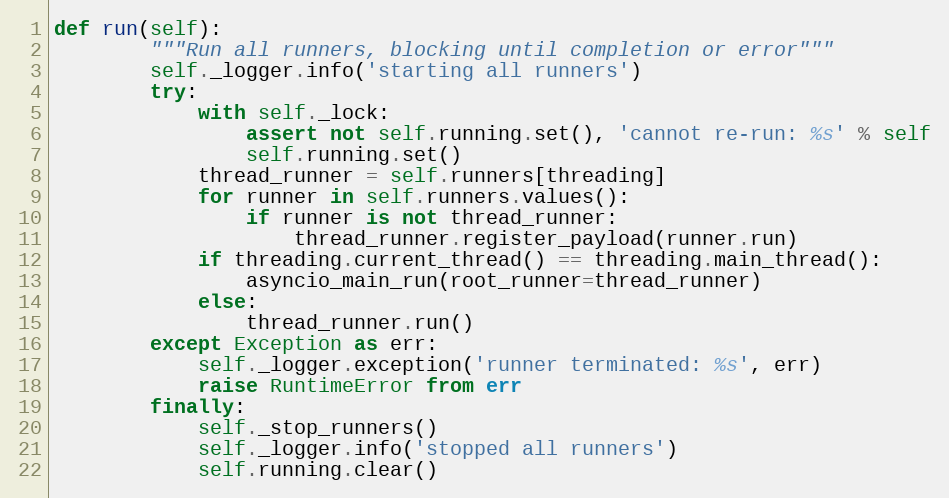
Language: Python
def run(self):
        """Run all runners, blocking until completion or error"""
        self._logger.info('starting all runners')
        try:
            with self._lock:
                assert not self.running.set(), 'cannot re-run: %s' % self
                self.running.set()
            thread_runner = self.runners[threading]
            for runner in self.runners.values():
                if runner is not thread_runner:
                    thread_runner.register_payload(runner.run)
            if threading.current_thread() == threading.main_thread():
                asyncio_main_run(root_runner=thread_runner)
            else:
                thread_runner.run()
        except Exception as err:
            self._logger.exception('runner terminated: %s', err)
            raise RuntimeError from err
        finally:
            self._stop_runners()
            self._logger.info('stopped all runners')
            self.running.clear()